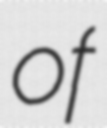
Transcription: of